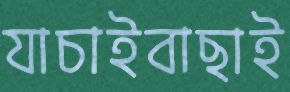
যাচাইবাছাই